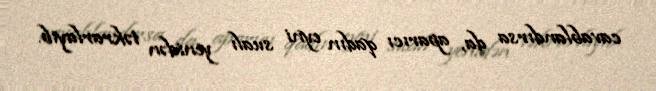
cavablandırsa da, aparıcı qadın eyni sualı yenidən təkrarlayıb.